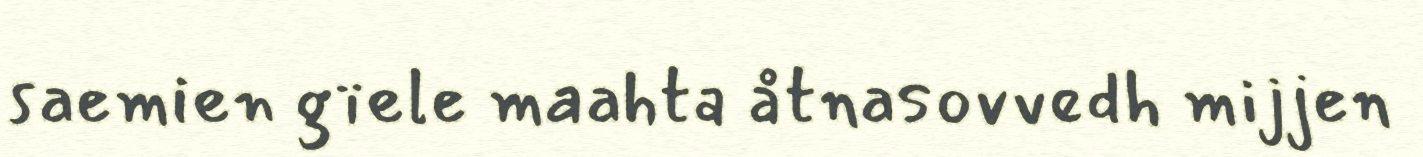
saemien gïele maahta åtnasovvedh mijjen